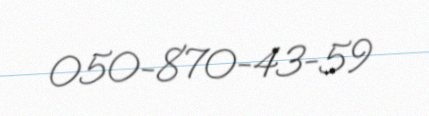
050-870-43-59